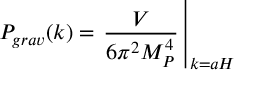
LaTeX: { \cal P } _ { g r a v } ( k ) = \left. { \frac { V } { 6 \pi ^ { 2 } M _ { P } ^ { 4 } } } \, \right| _ { k = a H }